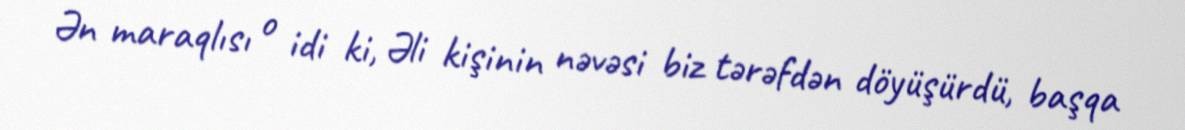
Ən maraqlısı o idi ki, Əli kişinin nəvəsi biz tərəfdən döyüşürdü, başqa